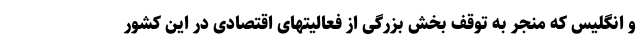
و انگلیس که منجر به توقف بخش بزرگی از فعالیتهای اقتصادی در این کشور